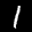
Label: 1